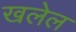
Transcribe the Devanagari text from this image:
खलेल